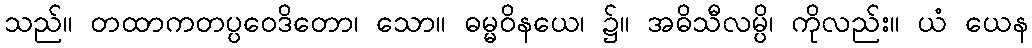
သည်။ တထာကတပ္ပဝေဒိတော၊ သော။ ဓမ္မဝိနယေ၊ ၌။ အဓိသီလမ္ပိ၊ ကိုလည်း။ ယံ ယေန